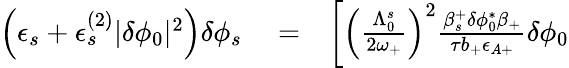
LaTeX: \begin{array}{rlr}{\left(\epsilon_{s}+\epsilon_{s}^{(2)}|\delta\phi_{0}|^{2}\right)\delta\phi_{s}}&{{}=}&{\left[\left(\frac{\Lambda_{0}^{s}}{2\omega_{+}}\right)^{2}\frac{\beta_{s}^{+}\delta\phi_{0}^{*}\beta_{+}}{\tau b_{+}\epsilon_{A+}}\delta\phi_{0}\right.}\end{array}